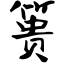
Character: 篑